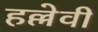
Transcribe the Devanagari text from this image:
हल्लेवी